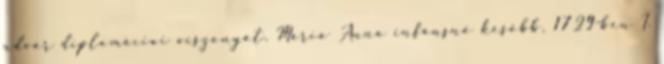
udvar diplomáciai viszonyát. Mária Anna infánsnő később, 1729-ben I.